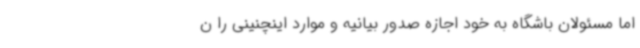
اما مسئولان باشگاه به خود اجازه صدور بیانیه و موارد اینچنینی را ن